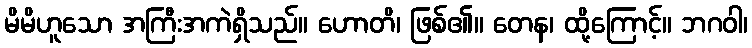
မိမိဟူသော အကြီးအကဲရှိသည်။ ဟောတိ၊ ဖြစ်၏။ တေန၊ ထို့ကြောင့်။ ဘဂဝါ၊